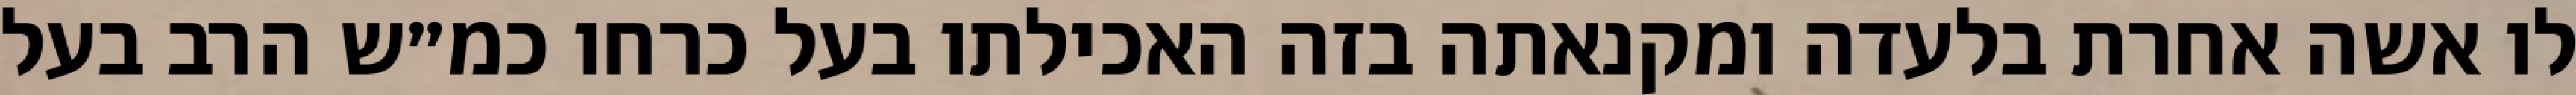
לו אשה אחרת בלעדה ומקנאתה בזה האכילתו בעל כרחו כמ״ש הרב בעל